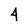
Character: 4